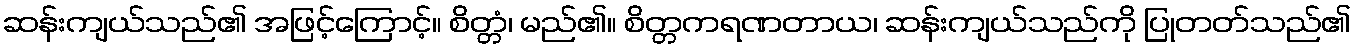
ဆန်းကျယ်သည်၏ အဖြင့်ကြောင့်။ စိတ္တံ၊ မည်၏။ စိတ္တကရဏတာယ၊ ဆန်းကျယ်သည်ကို ပြုတတ်သည်၏